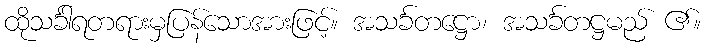
ထိုသင်္ခါရတရားမှပြန်သောအားဖြင့်။ အသင်္ခတဋ္ဌော၊ အသင်္ခတဋ္ဌမည် ၏။